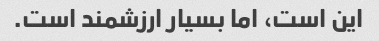
این است، اما بسیار ارزشمند است.